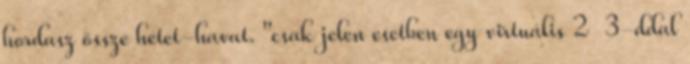
hordasz össze hetet-havat. "csak jelen esetben egy virtuális 2 3-ddal